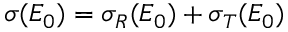
\sigma ( E _ { 0 } ) = \sigma _ { R } ( E _ { 0 } ) + \sigma _ { T } ( E _ { 0 } )